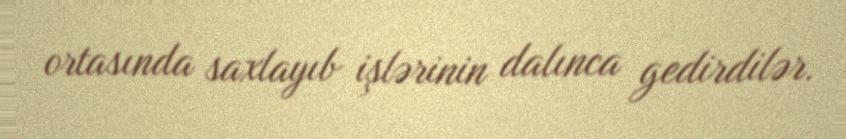
ortasında saxlayıb işlərinin dalınca gedirdilər.